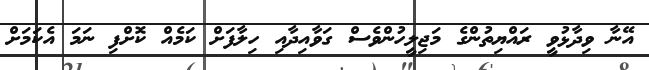
އޭނާ ވިދާޅުވީ ރައްޔިތުންގެ މަޖިލީހުންވެސް ގަވާއިދާއި ހިލާފަށް ކަމެއް ކޮށްފި ނަމަ އެކަމަށް